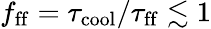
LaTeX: f_{\mathrm{ff}}=\tau_{\mathrm{cool}}/\tau_{\mathrm{ff}}\lesssim 1